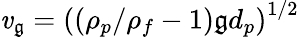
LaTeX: \mathit{v}_{\mathfrak{g}}=\left((\rho_{p}/\rho_{f}-1)\mathfrak{g}d_{p}\right)^{1/2}